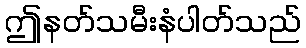
ဤနတ်သမီးနံပါတ်သည်